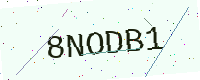
Text: 8NODB1